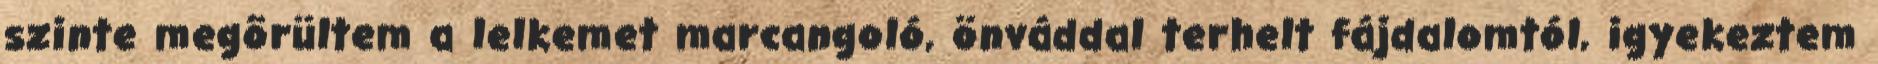
szinte megõrültem a lelkemet marcangoló, önváddal terhelt fájdalomtól, igyekeztem